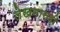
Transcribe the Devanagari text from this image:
लेखनासही